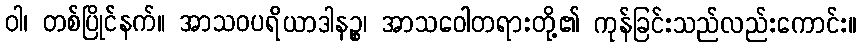
ဝါ၊ တစ်ပြိုင်နက်။ အာသဝပရိယာဒါနဉ္စ၊ အာသဝေါတရားတို့၏ ကုန်ခြင်းသည်လည်းကောင်း။